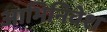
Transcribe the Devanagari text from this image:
आभिनिवेश